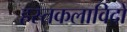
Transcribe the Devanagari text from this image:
हस्तकलाविदों